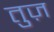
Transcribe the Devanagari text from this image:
तुज़